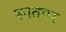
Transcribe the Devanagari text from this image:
सातपर